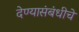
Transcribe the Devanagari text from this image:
देण्यासंबंधीचे